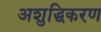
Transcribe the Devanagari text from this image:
अशुद्धिकरण